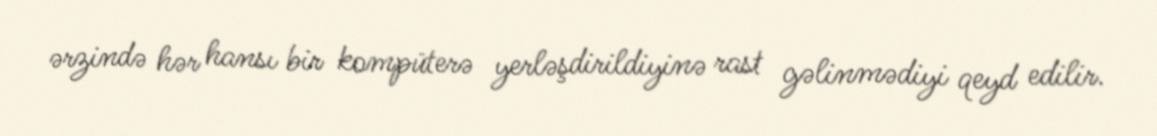
ərzində hər hansı bir kompüterə yerləşdirildiyinə rast gəlinmədiyi qeyd edilir.